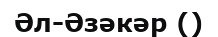
Әл-Әзәкәр ()